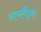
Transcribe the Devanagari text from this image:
आयलैंड्स